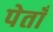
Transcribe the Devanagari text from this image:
पेताँ